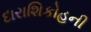
દારાશિકોહની